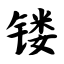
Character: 镂